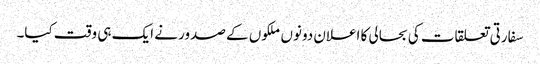
سفارتی تعلقات کی بحالی کا اعلان دونوں ملکوں کے صدور نے ایک ہی وقت کیا۔